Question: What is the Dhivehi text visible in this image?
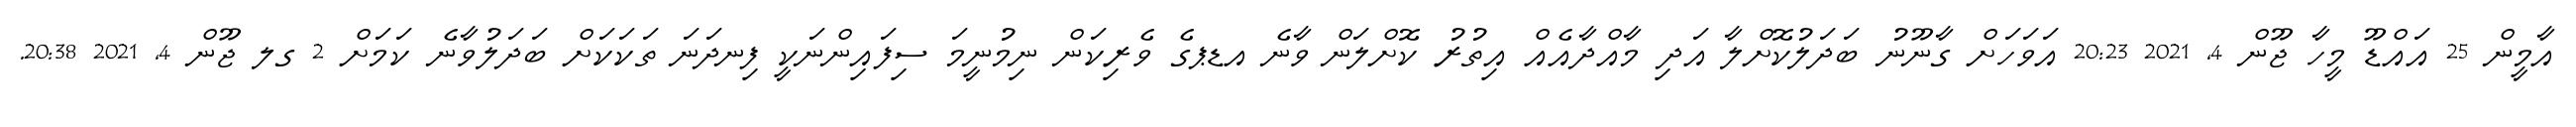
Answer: އާމީން 25 އައްޑޫ މީހާ ޖޫން 4, 2021 20:23 އަވަހަށް ގާނޫނު ބަދަލުކޮށްލާ އަދި މާއްދާއެއް އިތުރު ކޮށްލަން ވާނެ އޑޕގެ ވެރިކަން ނިމުނީމަ ސިފައިންނަކީ ފިނދަނަ ތަކަކަށް ބަދަލުވާނެ ކަމަށް 2 ގލ ޖޫން 4, 2021 20:38.